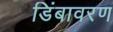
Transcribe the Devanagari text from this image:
डिंबावरण